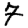
Digit: 7